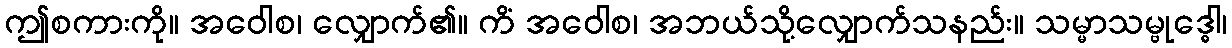
ဤစကားကို။ အဝေါစ၊ လျှောက်၏။ ကိံ အဝေါစ၊ အဘယ်သို့လျှောက်သနည်း။ သမ္မာသမ္ဗုဒ္ဓေါ၊